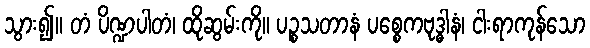
သွား၍။ တံ ပိဏ္ဍပါတံ၊ ထိုဆွမ်းကို။ ပဉ္စသတာနံ ပစ္စေကဗုဒ္ဓါနံ၊ ငါးရာကုန်သော